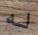
له